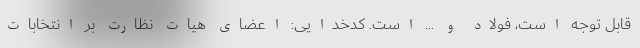
قابل توجه است، فولاد و ... است. کدخدایی: اعضای هیات نظارت بر انتخابات